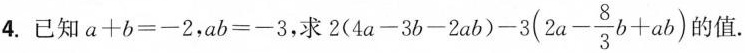
4.已知$$a+b=-2$$，$$ab=-3$$，求 $$2(4a-3b-2ab)-3(2a- \frac{8}{3}b+ab)$$ 的值.